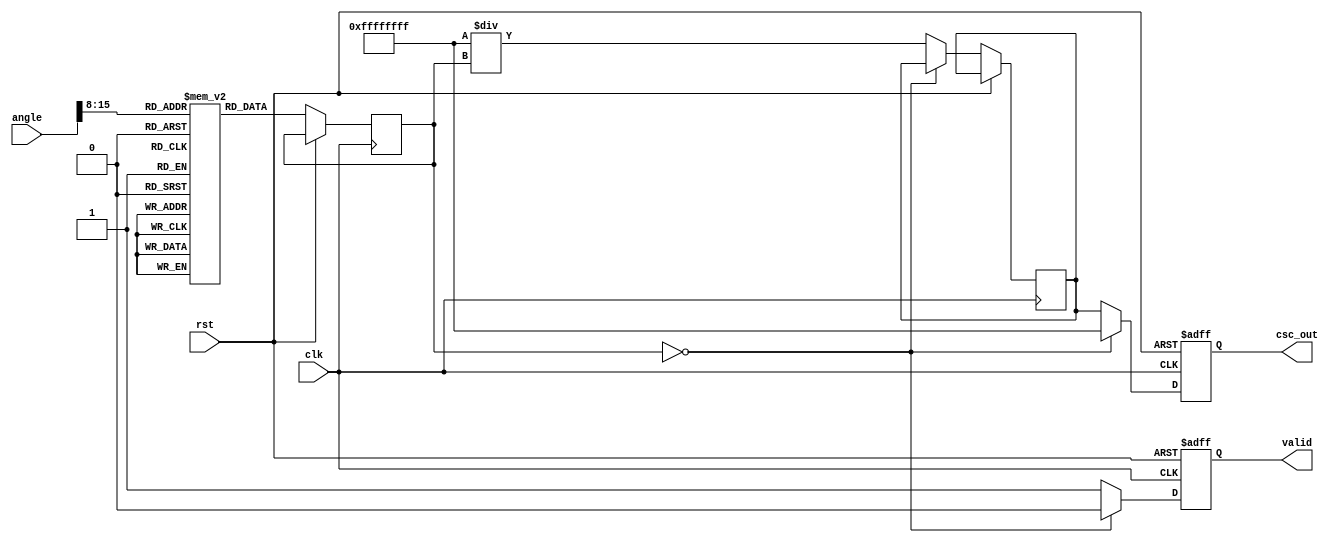
module csc(
    input wire clk,
    input wire rst,
    input wire [15:0] angle, // Input angle in fixed-point representation (0 to 2 scaled by 2^14)
    output reg [31:0] csc_out, // Cosecant output in fixed-point
    output reg valid // Output valid signal
);

    // Parameters
    parameter INTEGER_WIDTH = 16; // Width for integer part
    parameter FRACTION_WIDTH = 16; // Width for fraction part
    parameter TABLE_SIZE = 256; // Size of lookup table for sine

    // Sine lookup table (for demonstration, values should be filled with actual sin values)
    reg [31:0] sin_table [0:TABLE_SIZE-1];

    initial begin
        // Initialize sine lookup table with precomputed sine values
        // This should contain sin(i * (2 * pi / TABLE_SIZE)) for i = 0 to TABLE_SIZE-1
        // For simplicity, we will leave this uninitialized in this example.
    end

    reg [31:0] sin_value;
    reg [31:0] reciprocal;

    always @(posedge clk or posedge rst) begin
        if (rst) begin
            csc_out <= 32'h0;
            valid <= 1'b0;
        end else begin
            // Get sine value from lookup table
            sin_value <= sin_table[angle[15:8]]; // Assume angle is scaled appropriately

            // Check for division by zero
            if (sin_value == 32'h0) begin
                csc_out <= 32'hFFFFFFFF; // Return NaN or overflow condition
                valid <= 1'b0;
            end else begin
                // Calculate reciprocal of sine value
                reciprocal <= 32'hFFFFFFFF / sin_value; // Simple division, may require fixed-point handling
                csc_out <= reciprocal; // Output the cosecant value
                valid <= 1'b1; // Indicate valid output
            end
        end
    end

endmodule